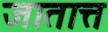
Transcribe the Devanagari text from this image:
जातात्त